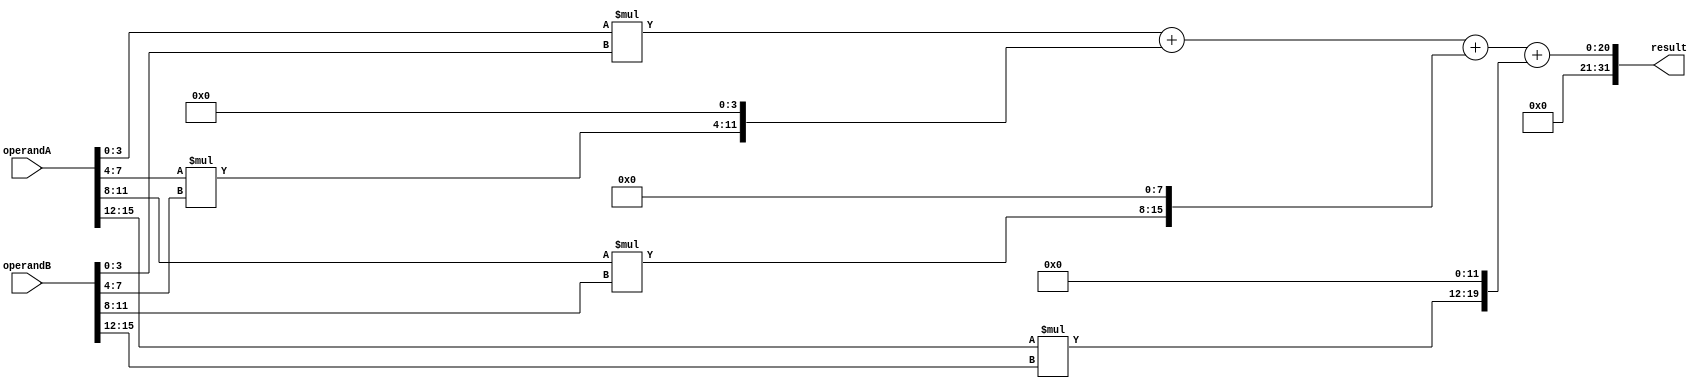
module radix4_multiplier (
   input [15:0] operandA,
   input [15:0] operandB,
   output reg [31:0] result
);

reg [15:0] p0, p1, p2, p3;
reg [31:0] acc;

always @* begin
   p0 = operandA[3:0] * operandB[3:0];
   p1 = operandA[7:4] * operandB[7:4];
   p2 = operandA[11:8] * operandB[11:8];
   p3 = operandA[15:12] * operandB[15:12];
   
   acc = p0 + (p1 << 4) + (p2 << 8) + (p3 << 12);
   result = acc;
end

endmodule